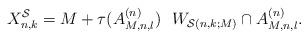
LaTeX: \begin{align*}X_{n,k}^{\mathcal{S}}=M+\tau(A^{(n)}_{M,n,l})\ \ W_{\mathcal{S}(n,k;M)}\cap A^{(n)}_{M,n,l}.\end{align*}